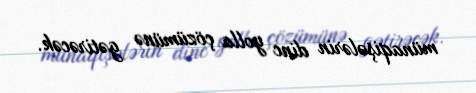
münaqişələrin dinc yolla çözümünə gətirəcək.